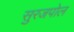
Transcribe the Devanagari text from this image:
सुरजपोल